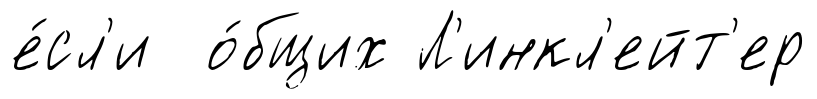
е́сл'и о́бщих Л'инкл'ейт'ер